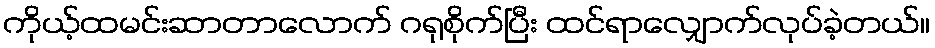
ကိုယ့်ထမင်းဆာတာလောက် ဂရုစိုက်ပြီး ထင်ရာလျှောက်လုပ်ခဲ့တယ်။